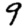
Digit: 9